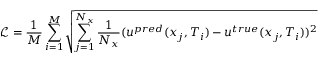
\mathcal { L } = \frac { 1 } { M } \sum _ { i = 1 } ^ { M } \sqrt { \sum _ { j = 1 } ^ { N _ { x } } \frac { 1 } { N _ { x } } ( u ^ { p r e d } ( x _ { j } , T _ { i } ) \allowbreak - u ^ { t r u e } ( x _ { j } , T _ { i } ) ) ^ { 2 } }